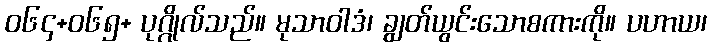
ဝ၆၄+၀၆၅+ ပုဂ္ဂိုလ်သည်။ မုသာဝါဒံ၊ ချွတ်ယွင်းသောစကားကို။ ပဟာယ၊